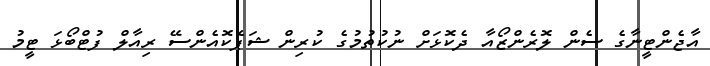
އާޖެންޓީނާގެ ސެން ލޮރެންޒޯއާ ދެކޮޅަށް ނުކުތުމުގެ ކުރިން ޝަޕެކޮއެންސޭ ރިއާލް ފުޓްބޯޅަ ޓީމު